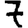
Digit: 7